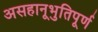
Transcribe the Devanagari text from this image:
असहानूभुतिपूर्ण